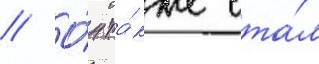
// О́н та́кже ста́л